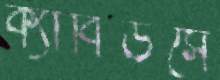
ক্যাবিউসে